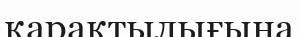
қарақтылығына